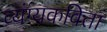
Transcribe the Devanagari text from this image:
व्यंग्यकविता